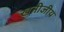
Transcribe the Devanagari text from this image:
खनीजीय